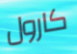
كارول